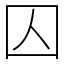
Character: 囚